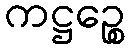
ကဋ္ဌဉ္စေ